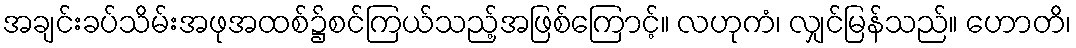
အချင်းခပ်သိမ်းအဖုအထစ်၌စင်ကြယ်သည့်အဖြစ်ကြောင့်။ လဟုကံ၊ လျှင်မြန်သည်။ ဟောတိ၊